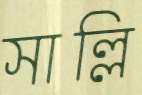
সাল্লি